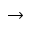
\rightarrow